Report on vaccination in the Province of Bengal - 1869-1873
Year: 1869
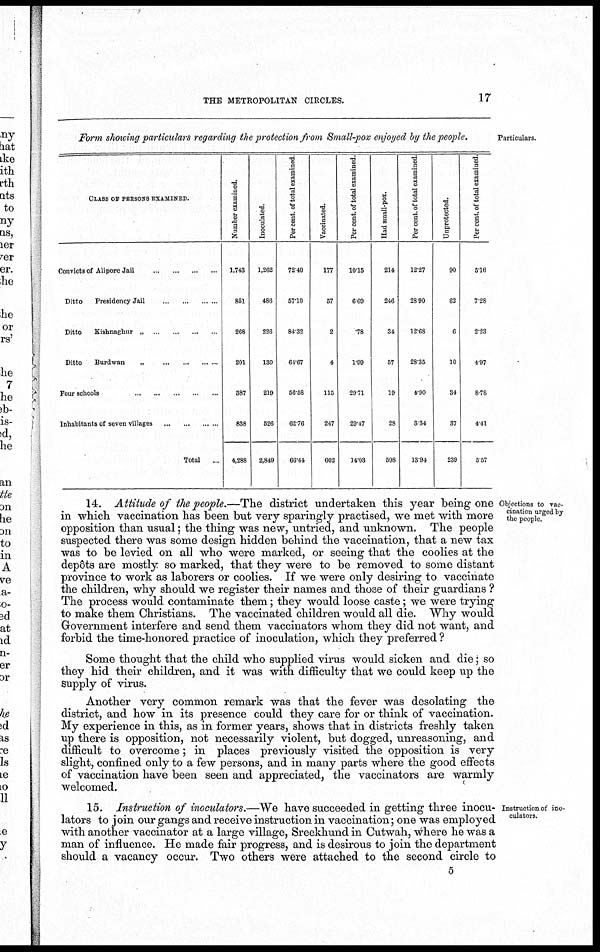
THE METROPOLITAN CIRCLES.
17
Particulars.
Form showing particulars regarding the protection from Small-pox enjoyed by the people.
CLASS OF PERSONS EXAMINED.
Convicts of Ahpore Jail
...
...
...
...
Ditto
Presidency Jail
...
...
...
...
Ditto
Kishnaghur
„
...
...
...
...
Ditto
Burdwan
„
...
...
...
...
Four schools
...
...
...
...
...
Inhabitants of seven villages ... ... ... ...
Total ...
Number examined.
1,743
851
268
201
387
838
4,288
Inoculated.
1,262
486
226
130
219
526
2,849
Per cent. of total examined
72.40
57.10
84.32
64.67
56.58
62.76
66.44
Vaccinated.
177
57
2
4
115
247
602
Per cent. of total examined.
10.15
6.69
.78
1.99
29.71
29.47
14.03
Had small-pox.
214
246
34
57
19
28
598
Per cent. of total examined
12.27
28.90
12.68
28.35
4.90
3.34
13.94
Unprotected.
90
62
6
10
34
37
239
Per cent. of total examined
5.16
7.28
2.23
4.97
8.78
4.41
5.57
Objections to vac-
cination urged by
the people.
14. Attitude of the people.—The district undertaken this year being one
in which vaccination has been but very sparingly practised, we met with more
opposition than usual; the thing was new, untried, and unknown. The people
suspected there was some design hidden behind the vaccination, that a new tax
was to be levied on all who were marked, or seeing that the coolies at the
depôts are mostly so marked, that they were to be removed to some distant
province to work as laborers or coolies. If we were only desiring to vaccinate
the children, why should we register their names and those of their guardians ?
The process would contaminate them; they would loose caste; we were trying
to make them Christians. The vaccinated children would all die. Why would
Government interfere and send them vaccinators whom they did not want, and
forbid the time-honored practice of inoculation, which they preferred ?
Some thought that the child who supplied virus would sicken and die; so
they hid their children, and it was with difficulty that we could keep up the
supply of virus.
Another very common remark was that the fever was desolating the
district, and how in its presence could they care for or think of vaccination.
My experience in this, as in former years, shows that in districts freshly taken
up there is opposition, not necessarily violent, but dogged, unreasoning, and
difficult to overcome; in places previously visited the opposition is very
slight, confined only to a few persons, and in many parts where the good effects
of vaccination have been seen and appreciated, the vaccinators are warmly
welcomed.
Instruction of ino¬
culators.
15. Instruction of inoculators.—We have succeeded in getting three inocu-
lators to join our gangs and receive instruction in vaccination; one was employed
with another vaccinator at a large village, Sreekhund in Cutwah, where he was a
man of influence. He made fair progress, and is desirous to join the department
should a vacancy occur. Two others were attached to the second circle to
5